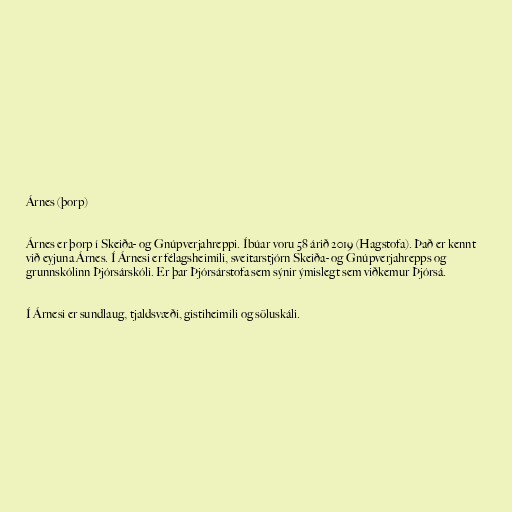
Árnes (þorp)

Árnes er þorp í Skeiða- og Gnúpverjahreppi. Íbúar voru 58 árið 2019 (Hagstofa). Það er kennt
við eyjuna Árnes. Í Árnesi er félagsheimili, sveitarstjórn Skeiða- og Gnúpverjahrepps og
grunnskólinn Þjórsárskóli. Er þar Þjórsárstofa sem sýnir ýmislegt sem viðkemur Þjórsá.

Í Árnesi er sundlaug, tjaldsvæði, gistiheimili og söluskáli.